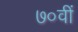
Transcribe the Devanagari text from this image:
७०वीं